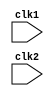
module pipe_MIPS32 (clk1, clk2);
  input clk1, clk2;
  reg [31:0] PC, IF_ID_IR, IF_ID_NPC;
  reg [31:0] ID_EX_IR, ID_EX_NPC, ID_EX_A, ID_EX_B, ID_EX_Imm;
  reg [2:0] ID_EX_type, EX_MEM_type, MEM_WB_type;
  reg EX_MEM_Cond;
  reg [31:0] EX_MEM_IR, EX_MEM_ALUOut, EX_MEM_B;
  reg [31:0] MEM_WB_IR, MEM_WB_ALUOut, MEM_WB_LMD;
  reg [31:0] Reg [0:31];    //Register Bank (32 X 32)
  reg [31:0] Mem [0:1023];  // 1024 X 32 Memory
  
  parameter ADD=6'b000000, SUB=6'b000001, AND=6'b000010, OR=6'b000011,
            SLT=6'b000100, MUL=6'b000101, HLT=6'b111111, LW=6'b001000,
				SW=6'b001001, ADDI=6'b001010, SUBI=6'b001011, SLTI=6'b001100,
				BNEQZ=6'b001101, BEQZ=6'b001110;
				
  parameter RR_ALU=3'b000, RM_ALU=3'b001, LOAD=3'b010, STORE=3'b011,
            BRANCH=3'b100, HALT=3'b101;
				
  reg HALTED; //Set after HLT instruction is completed in WB stage
  reg TAKEN_BRANCH;  //Required to disable instructions after branch
 
//----------------------IF STAGE----------------------------------
 
  always @ (posedge clk1)
    if(HALTED == 0)
	 begin
	   if(((EX_MEM_IR[31:26] == BEQZ) && (EX_MEM_Cond == 1)) || ((EX_MEM_IR[31:26] 
		  == BNEQZ) && (EX_MEM_Cond == 0)))
		begin
		  IF_ID_IR <= #2 Mem [EX_MEM_ALUOut];  
		  TAKEN_BRANCH <= #2 1'b1;
		  TAKEN_BRANCH <= #21 1'b0;
		  IF_ID_NPC <= #2 EX_MEM_ALUOut + 1;
		  PC <= #2 EX_MEM_ALUOut + 1;
		end
		
		else 
		begin
		  IF_ID_IR <= #2 Mem[PC];
		  IF_ID_NPC <= #2 PC + 1;
		  PC <= #2 PC + 1;
		end
    end

//----------------------ID STAGE------------------
  
  always @ (posedge clk2)
    if (HALTED == 0)
	 begin
	   if (IF_ID_IR[25:21] == 5'b00000)   //r0 register permanently stores 0
		  ID_EX_A <= 0;
		else
		  ID_EX_A <= #2 Reg[IF_ID_IR[25:21]];  //rs source register1
	   if (IF_ID_IR[20:16] == 5'b00000)   //r0 register permanently stores 0
		  ID_EX_B <= 0;
		else 
		  ID_EX_B <= #2 Reg[IF_ID_IR[20:16]];  //rt source register2
		ID_EX_NPC <= #2 IF_ID_NPC;
		ID_EX_IR <= #2 IF_ID_IR;
		ID_EX_Imm <= #2 {{16{IF_ID_IR[15]}}, {IF_ID_IR[15:0]}};   //sign extention
		
		case(IF_ID_IR[31:26])
		ADD,SUB,AND,OR,SLT,MUL: ID_EX_type <= #2 RR_ALU;
		ADDI,SUBI,SLTI        : ID_EX_type <= #2 RM_ALU;
		LW                    : ID_EX_type <= #2 LOAD;
		SW                    : ID_EX_type <= #2 STORE;
		BNEQZ,BEQZ            : ID_EX_type <= #2 BRANCH;
		HLT                   : ID_EX_type <= #2 HALT;
		default               : ID_EX_type <= #2 HALT;  //invalid opcode
		endcase
    end
	 
//------------------------EX STAGE-----------------

  always @ (posedge clk1)
    if (HALTED == 0)
	 begin
	   EX_MEM_type <= #2 ID_EX_type;
		EX_MEM_IR <= #2 ID_EX_IR;
		//TAKE_BRANCH <= #2 0;  //wrong logic
		
		case (ID_EX_type)
		RR_ALU: begin
		        case (ID_EX_IR[31:26])
				  ADD: EX_MEM_ALUOut <= #2 ID_EX_A + ID_EX_B;
				  SUB: EX_MEM_ALUOut <= #2 ID_EX_A - ID_EX_B;
				  AND: EX_MEM_ALUOut <= #2 ID_EX_A & ID_EX_B;
				  OR : EX_MEM_ALUOut <= #2 ID_EX_A | ID_EX_B;
				  SLT: EX_MEM_ALUOut <= #2 ID_EX_A < ID_EX_B;
				  MUL: EX_MEM_ALUOut <= #2 ID_EX_A * ID_EX_B;
				  default: EX_MEM_ALUOut <= #2 32'hxxxxxxxx;
				  endcase
				  end
		RM_ALU: begin
		        case (ID_EX_IR[31:26])
				  ADDI: EX_MEM_ALUOut <= #2 ID_EX_A + ID_EX_Imm;
				  SUBI: EX_MEM_ALUOut <= #2 ID_EX_A - ID_EX_Imm;
				  SLTI: EX_MEM_ALUOut <= #2 ID_EX_A < ID_EX_Imm;
				  default: EX_MEM_ALUOut <= #2 32'hxxxxxxxx;
				  endcase
				  end
		LOAD,STORE: begin
		            EX_MEM_ALUOut <= #2 ID_EX_A + ID_EX_Imm;
						EX_MEM_B <= #2 ID_EX_B;
						end
		BRANCH: begin
		        EX_MEM_ALUOut <= #2 ID_EX_NPC + ID_EX_Imm;
				  EX_MEM_Cond <= #2 (ID_EX_A==0);
				  end
		endcase
    end
	 
//----------------------MEM STAGE----------------------

  always @ (posedge clk2)
    if (HALTED == 0)
	 begin
	   MEM_WB_type <= #2 EX_MEM_type;
		MEM_WB_IR <= #2 EX_MEM_IR;
		
		case (EX_MEM_type)
		RR_ALU,RM_ALU: MEM_WB_ALUOut <= #2 EX_MEM_ALUOut;
		LOAD : MEM_WB_LMD <= #2 Mem[EX_MEM_ALUOut];
		STORE: if (TAKEN_BRANCH == 0)   //disable write if branch taken in prev. instruction
		         Mem[EX_MEM_ALUOut] <= #2 EX_MEM_B;
		endcase
    end
	 
//-------------------WB STAGE-------------------------

  always @ (posedge clk1)
  begin
    if (TAKEN_BRANCH == 0)
	 case (MEM_WB_type)
	 RR_ALU : Reg[MEM_WB_IR[15:11]] <= #2 MEM_WB_ALUOut; //rd destination register
	 RM_ALU : Reg[MEM_WB_IR[20:16]] <= #2 MEM_WB_ALUOut; //rt source register2
	 LOAD : Reg[MEM_WB_IR[20:16]] <= #2 MEM_WB_LMD; //rt source register2
	 HALT : HALTED <= #2 1'b1;
	 endcase
  end
endmodule